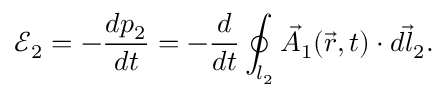
\mathcal E _ { 2 } = - \frac { d p _ { 2 } } { d t } = - \frac { d } { d t } \oint _ { l _ { 2 } } \vec { A } _ { 1 } ( \vec { r } , t ) \cdot \vec { d { l _ { 2 } } } .